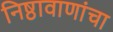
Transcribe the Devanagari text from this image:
निष्ठावाणांचा